Vaccination North-Western Provinces 1866-1877 - 1866-1877
Year: 1866
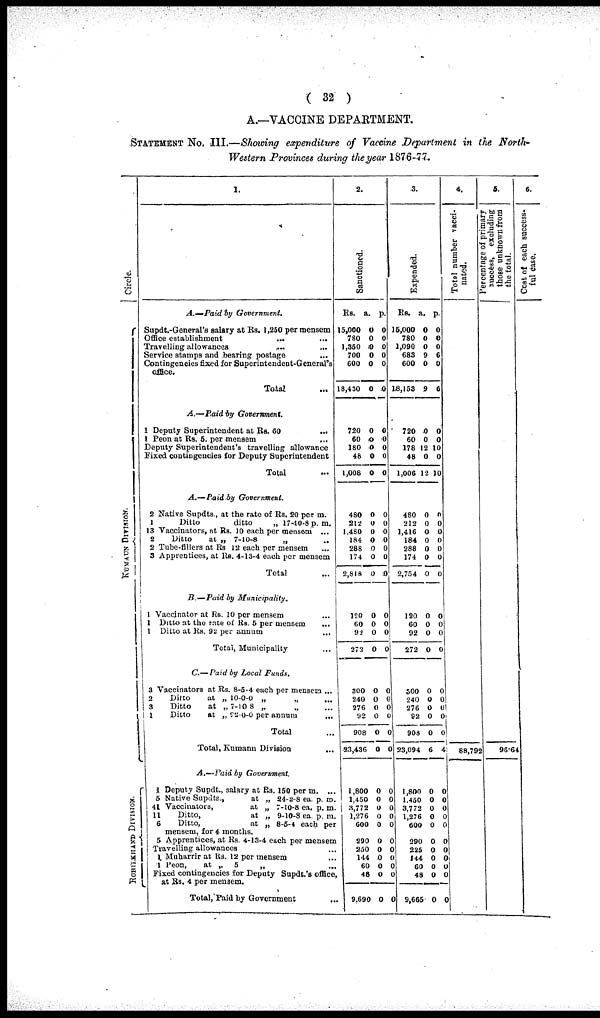
( 32 )
A.—VACCINE DEPARTMENT.
STATEMENT No. III.—Showing expenditure of Vaccine Department in the North-
western Provinces during the year 1876-77.
Circle.
KUNAUN DIVISION.
ROHILKHAND DIVISION
1.
A.—Paid
by
Government.
Supdt.-General's salary at Rs. 1,250 per mensem
Office establishment
... ...
Travelling allowances ... ...
Service stamps and bearing postage ...
Contingencies fixed for Superintendent-General's
office.
Total ...
A.—Paid by
Government.
1 Deputy Superintendent at Rs. 60 ...
1 Peon at Rs. 5. per mensem ...
Deputy Superintendent's travelling allowance
Fixed contingencies for Deputy Superintendent
Total ...
A.—Paid by Government.
2 Native Supdts., at the rate of Rs. 20 per m.
1
Ditto
ditto
„ 17-10-8 p.m.
13 Vaccinators, at Rs. 10 each per mensem ...
2
Ditto
at „ 7-10-8
„ ...
2 Tube-fillers at Rs 12 each per mensem ...
3 Apprentices, at Rs. 4-13-4 each per mensem
Total ...
B.—Paid
by
Municipality.
1 Vaccinator at Rs. 10 per mensem ...
1 Ditto at the rate of Rs. 5 per mensem ...
1 Ditto at Rs. 92 per annum ...
Total, Municipality ...
C.— Paid by Local
Funds.
3 Vaccinators at Rs. 8-5-4 each per mensem ...
2
Ditto
at „ 10-0-0 „ „ ...
3
Ditto
at „ 7-10 8 „
„ ...
1
Ditto
at „ 92-0-0 per annum ...
Total ...
Total, Kumann Division
...
A.—Paid by Government.
1 Deputy Supdt., salary at Rs. 150 per m. ...
5 Native Supdts.,
at „ 24-2-8 ea. p. m.
41 Vaccinators,
at „ 7-10-8 ea. p. m.
11
Ditto,
at „ 9-10-8 ea. p. m.
6
Ditto,
at „ 8-5-4 each per
mensem, for 4 months.
5 Apprentices, at Rs. 4-13-4 each per mensem
Travelling allowances ...
1 Muharrir at Rs. 12 per mensem ...
1 Peon,
at „
5
„ ...
Fixed contingencies for Deputy Supdt.'s office,
at Rs. 4 per mensem.
Total,Paid by Government ...
2.
Sanctioned.
Rs.
15,000
780
1,350
700
600
18,430
720
60
180
48
1,008
480
212
1,480
184
288
174
2,818
120
60
92
272
300
240
276
92
908
23,436
1,800
1,450
3,772
1,276
600
290
250
144
60
48
9,690
a.
0
0
0
0
0
0
0
0
0
0
0
0
0
0
0 0
0
0
0
0
0
0
0
0
0
0
0
0
0
0
0
0
0
0
0
0
0
0
0
p.
0
0
0
0
0
0 1
0
0
0
0
0
0
0
0
0
0
0
0
0
0
0
0
0
0
0
0
0
0
0
0
0
0
0
0
0
0
0
0
0
3.
Expended.
Rs.
15,000
780
1,090
683
600
8,153
720
60
178
48
1,006
480
212
1,416
184
288
174
2,754
120
60
92
272
300
240
276
92
908
23,094
1,800
1,450
3,772
1,276
600
290
225
144
60
48
9,665
a.
0
0
0
9
0
9
0
0
12
0
12
0
0
0
0
0
0
0
0
0
0
0
0
0
0
0
0
6
0
0
0
0
0
0
0
0
0
0
0
p.
0
0
0
6
0
6
0
0
10
0
10
0
0
0
0
0
0
0
0
0
0
0
0
0
0
0
0
4
0
0
0
0
0
0
0
0
0
0
0
4.
Total number vacci¬
nated.
88,792
5.
Percentage of primary
success, excluding
those unknown from
the
total.
96.64
6.
Cost of each success¬
ful case.